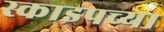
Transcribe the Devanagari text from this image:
स्काइपच्या